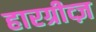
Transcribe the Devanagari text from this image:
हारग्रीव्ज़